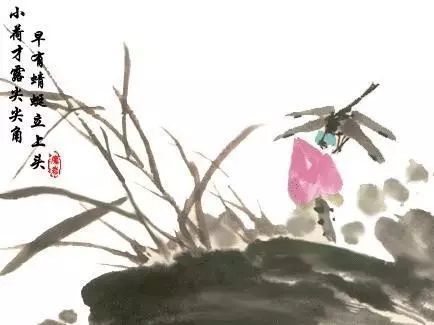
小荷才露尖尖角，早有蜻蜓立上头。